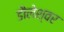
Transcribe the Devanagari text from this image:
डौलेश्वर